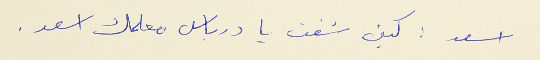
اسعد : كيف شفت يا درباس معلمك اسعد .